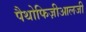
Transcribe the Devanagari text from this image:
पैथोफिज़ीआलजी